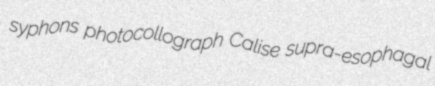
syphons photocollograph Calise supra-esophagal